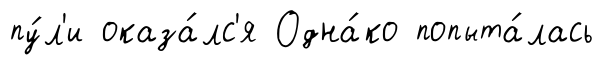
пу́л'и оказа́лс'я Одна́ко попыта́лась